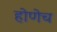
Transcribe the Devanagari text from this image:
होणेच